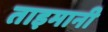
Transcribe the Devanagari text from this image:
ताइमानी